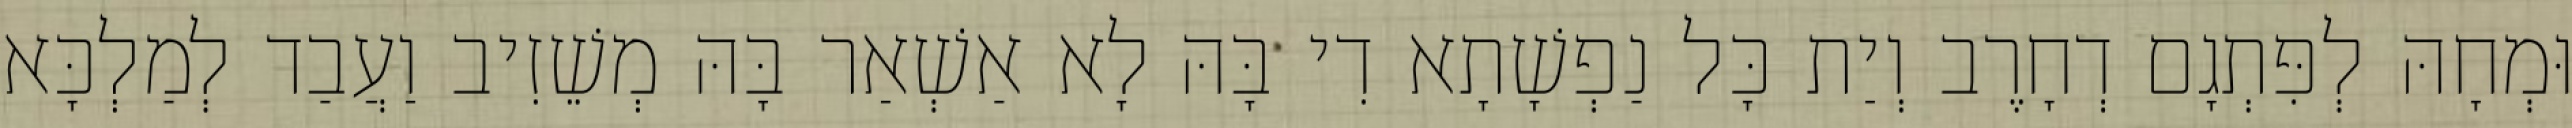
וּמְחָהּ לְפִּתְגָם דְחָרֶב וְיַת כָּל נַפְשָׁתָא דִי בָּהּ לָא אַשְׁאַר בָּהּ מְשֵׁזִיב וַעֲבַד לְמַלְכָּא